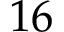
1 6